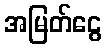
အမြတ်ငွေ